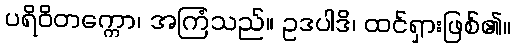
ပရိဝိတက္ကော၊ အကြံသည်။ ဥဒပါဒိ၊ ထင်ရှားဖြစ်၏။